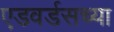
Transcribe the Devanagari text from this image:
एडवर्डसच्या